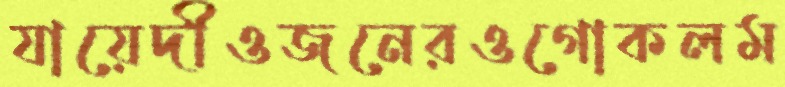
যায়েদীওজনেরওগোকলম